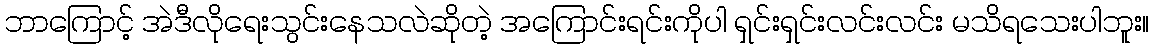
ဘာကြောင့် အဲဒီလိုရေးသွင်းနေသလဲဆိုတဲ့ အကြောင်းရင်းကိုပါ ရှင်းရှင်းလင်းလင်း မသိရသေးပါဘူး။